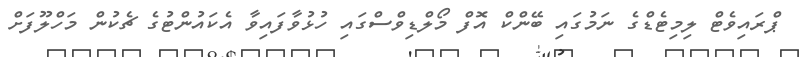
ޕްރައިވެޓް ލިމިޓެޑްގެ ނަމުގައި ބޭންކް އޮފް މޯލްޑިވްސްގައި ހުޅުވާފައިވާ އެކައުންޓުގެ ޗެކުން މަހްލޫފަށް